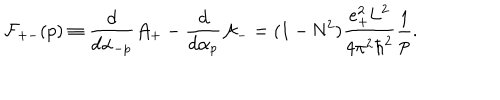
{ \cal F } _ { + - } ( p ) \equiv \frac { d } { d { \alpha } _ { - p } } { \cal A } _ { + } - \frac { d } { d { \alpha } _ { p } } { \cal A } _ { - } = ( 1 - \mathrm { N } ^ { 2 } ) \frac { e _ { + } ^ { 2 } \mathrm { L } ^ { 2 } } { 4 { \pi } ^ { 2 } { \hbar } ^ { 2 } } \frac { 1 } { p } .